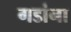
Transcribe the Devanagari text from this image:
गडांना